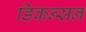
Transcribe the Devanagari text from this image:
डिकन्सन